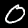
Digit: 0